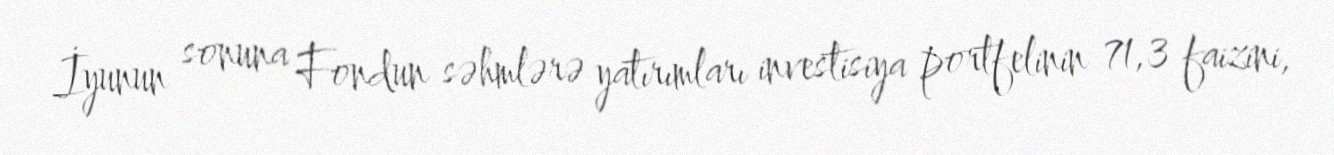
İyunun sonuna Fondun səhmlərə yatırımları investisiya portfelinin 71,3 faizini,